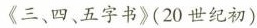
《三、四、五字书》(20世纪初)